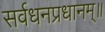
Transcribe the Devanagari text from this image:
सर्वधनप्रधानम्॥